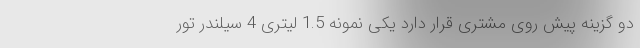
دو گزینه پیش روی مشتری قرار دارد یکی نمونه 1.5 لیتری 4 سیلندر تور